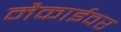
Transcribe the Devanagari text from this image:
मैकाईवर